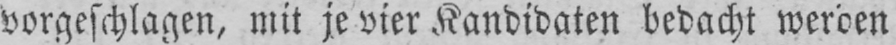
vorgeschlagen, mit je vier Kandidaten bedacht werden